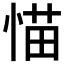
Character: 𱞭